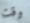
وقت